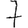
Digit: 7